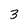
Character: 3